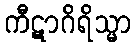
ကီဋာဂိရိသ္မာ